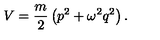
V = { \frac { m } { 2 } } \left( p ^ { 2 } + \omega ^ { 2 } q ^ { 2 } \right) .